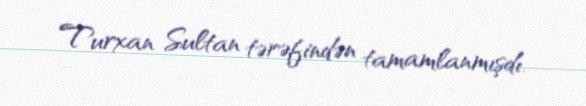
Turxan Sultan tərəfindən tamamlanmışdı.